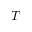
T